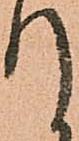
て